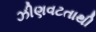
ઝીણવટતાથી